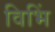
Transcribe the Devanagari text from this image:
विभिं